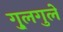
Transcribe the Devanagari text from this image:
गु्लगुले